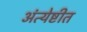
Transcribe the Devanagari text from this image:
अंत्येष्टीत